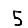
Digit: 5